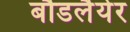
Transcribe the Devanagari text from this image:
बौडलैयेर